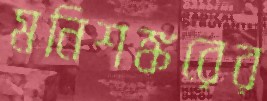
মনিশঙ্করের